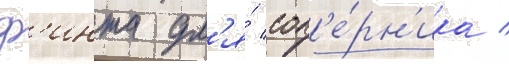
ф'инта дл'я́ соп'е́рн'ика /